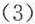
(3)